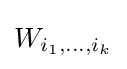
W_{i_{1},\dots ,i_{k}}